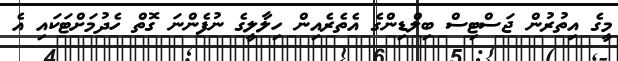
މީގެ އިތުރުން ޖަސްޓިސް ބިލްޑިންގެ އެތެރެއިން ހިލާލީގެ ނުފެންނަ ގޮތް ހެދުމަށްޓަކައި އެ